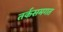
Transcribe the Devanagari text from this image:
तर्कसमगत